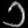
Digit: ၁